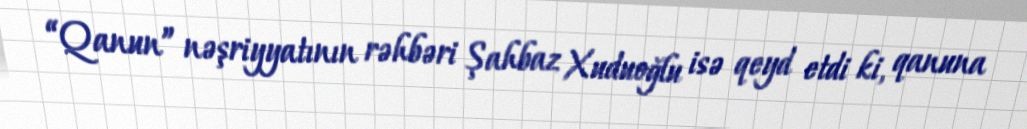
“Qanun” nəşriyyatının rəhbəri Şahbaz Xuduoğlu isə qeyd etdi ki, qanuna